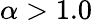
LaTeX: \alpha>1.0